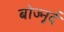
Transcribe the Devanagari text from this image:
बोज्नूर्द